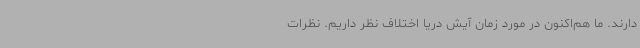
دارند. ما هم‌اکنون در مورد زمان آیش دریا اختلاف نظر داریم. نظرات